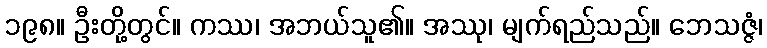
၁၉၈။ ဦးတို့တွင်။ ကဿ၊ အဘယ်သူ၏။ အဿု၊ မျက်ရည်သည်။ ဘေသဇ္ဇံ၊